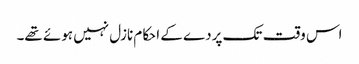
اس وقت تک پردے کے احکام نازل نہیں ہوئے تھے۔